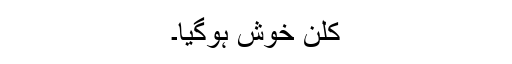
کلن خوش ہوگیا۔